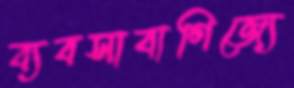
ব্যবসাবাণিজ্যে